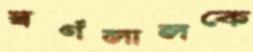
স্বর্ণলালকে